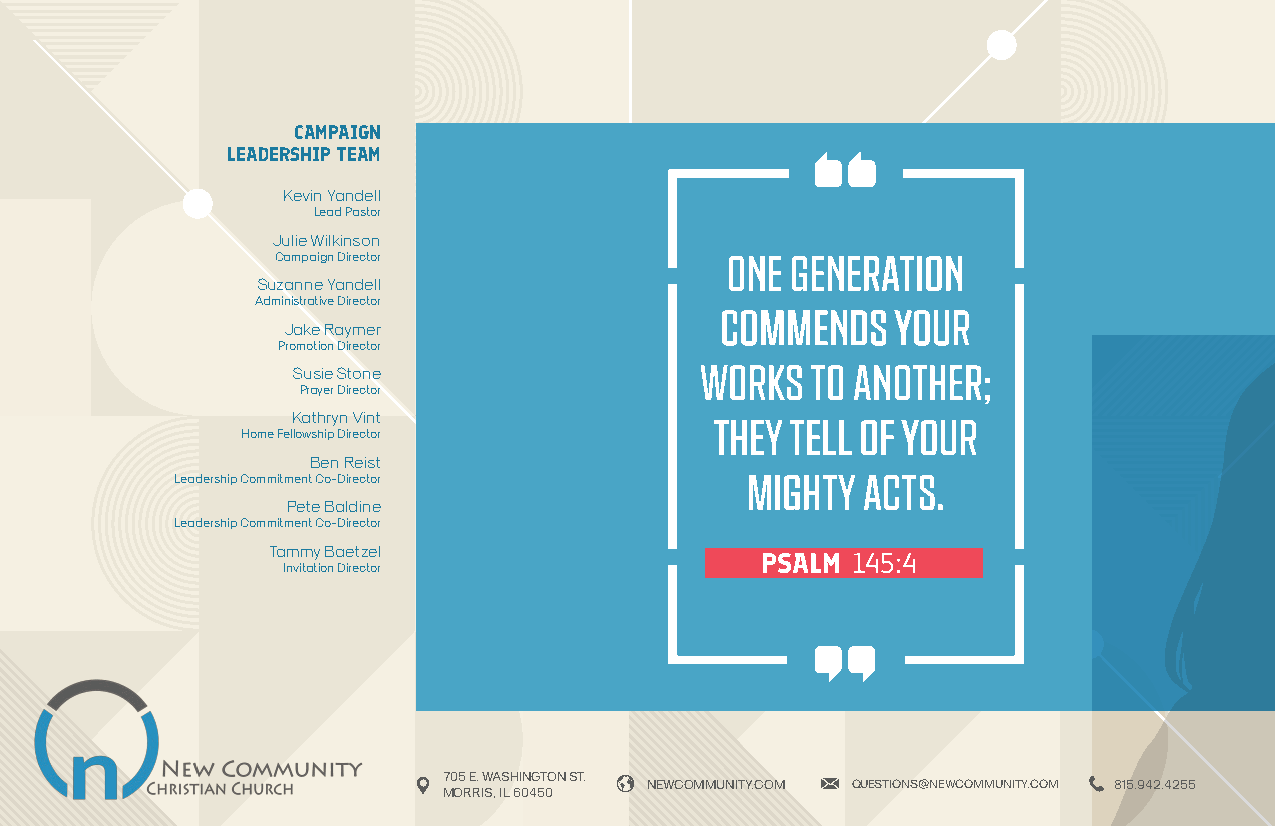
CAMPAIGN
 LEADERSHIP TEAM
 Kevin Yandell
 Lead Pastor
 Julie Wilkinson
 Campaign Director             ONE GENERATION
 Suzanne Yandell
 Administrative Director
 COMMENDS   YOUR
 Jake Raymer
 Promotion Director
 Susie Stone                WORKS   TO ANOTHER;
 Prayer Director
 Kathryn Vint                THEY TELL OF YOUR
 Home Fellowship Director
 Ben Reist
 Leadership Commitment Co-Director    MIGHTY  ACTS.
 Pete Baldine
 Leadership Commitment Co-Director
 Tammy Baetzel
 Invitation Director
 705 E. WASHINGTON ST.
 NEWCOMMUNITY.COM QUESTIONS@NEWCOMMUNITY.COM 815.942.4255
 MORRIS, IL 60450